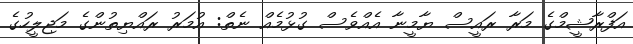
އަފްރާޝީމްގެ މަރާ ރައީސް ޔާމީނާ އެއްވެސް ގުޅުމެއް ނެތް: އުމަރު ރައްޔިތުންގެ މަޖިލީހުގެ